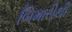
બિમારીથી